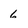
Character: 6